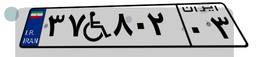
۴۵W۵۰۲۱۳